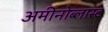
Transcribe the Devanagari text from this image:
अमीनोब्लास्ट